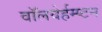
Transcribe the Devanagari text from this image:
वॉलवेर्हम्प्टन